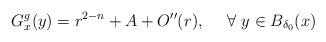
\begin{align*}G_x^g(y)=r^{2-n}+A+O''(r), \ \ \ \ \forall \ y \in B_{\delta_0}(x)\end{align*}